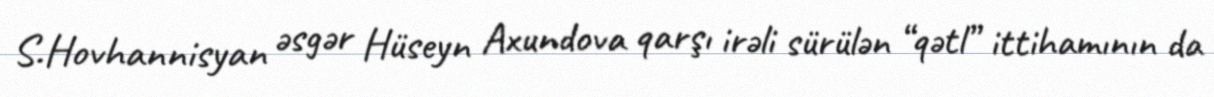
S.Hovhannisyan əsgər Hüseyn Axundova qarşı irəli sürülən “qətl” ittihamının da